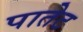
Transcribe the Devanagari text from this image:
पातेट